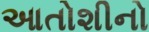
આતોશીનો